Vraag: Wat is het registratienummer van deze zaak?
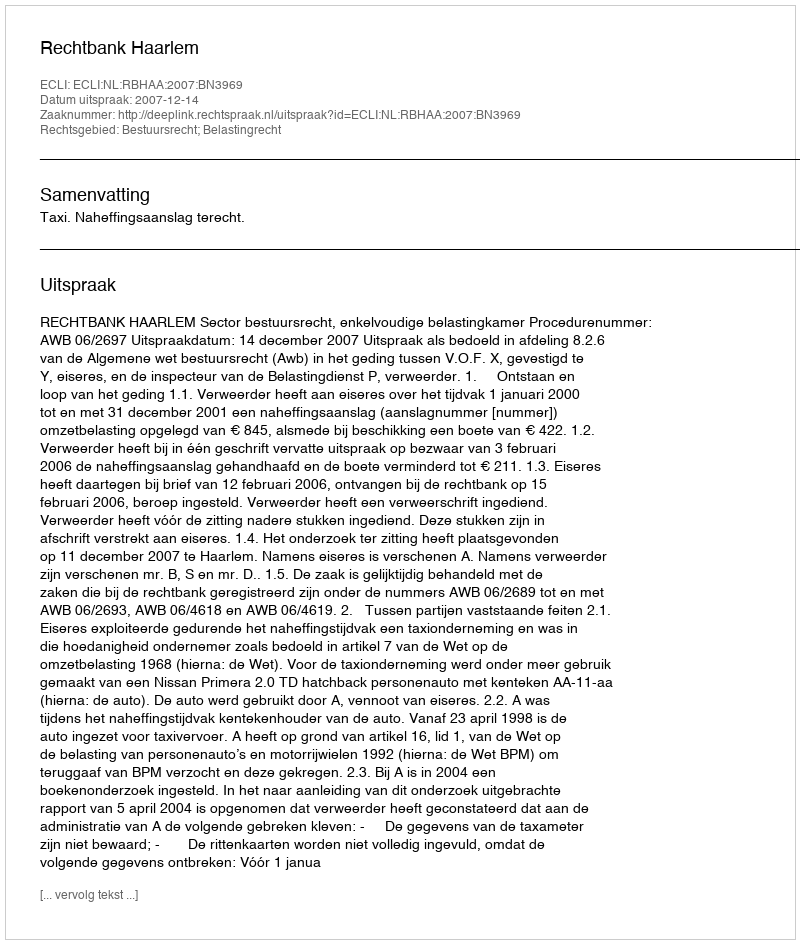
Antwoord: http://deeplink.rechtspraak.nl/uitspraak?id=ECLI:NL:RBHAA:2007:BN3969